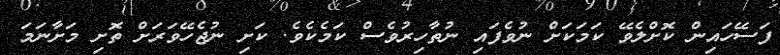
ފަސޭހައިން ކޮށްލެވޭ ކަމަކަށް ނުވެފައި ނުތާހިރުވެސް ކަަމެކެވެ. ކަށި ނުޖެހޭވަރަށް ތޮށި މަށާނަމަ